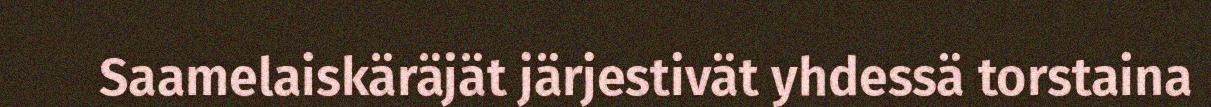
Saamelaiskäräjät järjestivät yhdessä torstaina